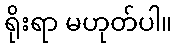
ရိုးရာ မဟုတ်ပါ။